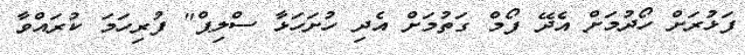
ފަޅުރަށް ހޯދުމަށް އެދޭ ފޯމް ގަތުމަށް އެދި ހުށަހަޅާ ސްލިޕް" ފުރިހަމަ ކުރައްވާ